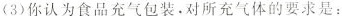
(3)你认为食品充气包装。对所充气体的要求是：